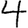
Digit: 4